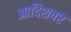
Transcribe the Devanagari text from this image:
आदिशवर